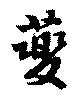
虁